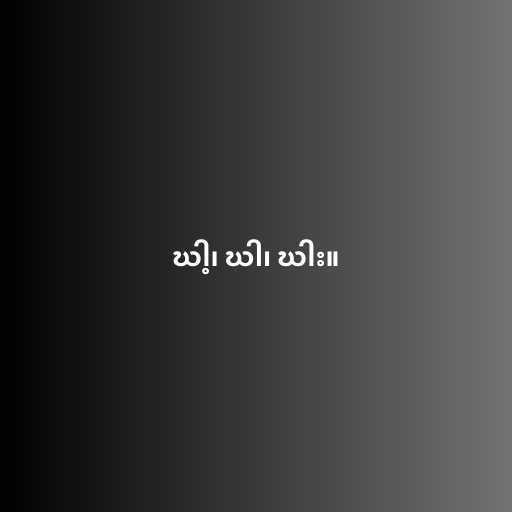
ဃါ့၊ ဃါ၊ ဃါး။